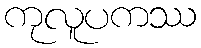
ကုလူပကဿ